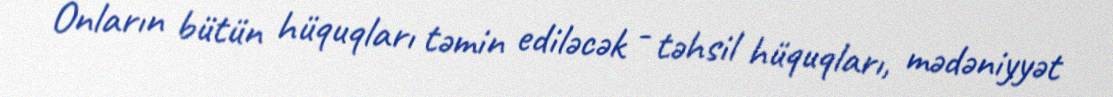
Onların bütün hüquqları təmin ediləcək - təhsil hüquqları, mədəniyyət